Vaccination in Bombay 1902-1912 - 1902-1912
Year: 1902
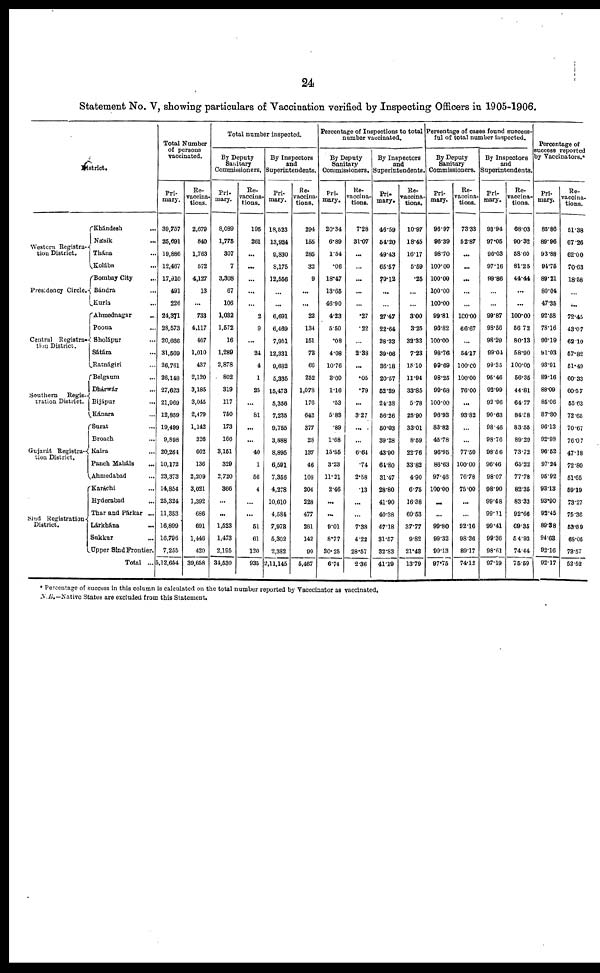
24
Statement No. V, showing particulars of Vaccination verified by Inspecting Officers in 1905-1906.
District.
Western Registra¬
tion District.
Presidency Circle.
Central Registra-
tion District.
Southern
Regis-
tration District.
Gujarát Registra¬
tion District.
Sind Registration
District.
Khándesh ...
Násik ...
Thána ...
Kolába ...
Bombay City ...
Bándra ...
Kurla ...
Ahmednagar
...
Poona ...
Sholápur ...
Sátára ...
Ratnágiri ...
Belgaum ...
Dhárwár ...
Bijápur ...
Kánara ...
Surat ...
Broach ...
Kaira ...
Pauch Maháls
...
Ahmedabad
Karáchi ...
Hyderabad ...
Thar and Párkar ...
Lárkhána ...
Sukkur ...
Upper Sind Frontier.
Total ...
Total Number
of persons
vaccinated.
Pri-
mary.
39,757
25,691
19,886
12,467
17,910
491
226
24,371
28,573
20,666
31,569
26,761
26,148
27,623
21,969
12,859
19,499
9,898
20,264
10,172
23,373
14,854
25,324
11,353
16,899
16,796
7,255
5,12,654
Re¬
vaccina-
tions.
2,679
840
1,763
572
4,127
13
...
733
4,117
467
1,010
437
2,120
3,185
3,045
2,479
1,142
326
602
136
2,209
3,021
1,392
686
691
1,446
420
39,658
Total number inspected.
By Deputy
Sanitary
Commissioners.
Pri¬
mary.
8,089
1,775
307
7
3,308
67
106
1,032
1,572
16
1,289
2,878
802
319
117
750
173
166
3,151
329
2,720
366
...
...
1,523
1,473
2,195
34,530
Re¬
vaccina-
tions.
195
261
...
...
...
...
...
2
9
...
24
4
1
25
...
81
...
...
40
1
56
4
...
...
51
61
120
935
By Inspectors
and
Superintendents.
Pri-
mary.
18,523
13,924
9,830
8,175
12,556
...
...
6,691
6,469
7,951
12,331
9,682
5,335
15,473
5,356
7,235
9,755
3,888
8,895
6,591
7,356
4,278
10,610
4,584
7,973
5,302
2,382
2,11,145
Re¬
vaccina-
tions.
294
155
285
32
9
...
...
22
134
151
73
66
252
1,078
176
642
377
28
137
46
108
204
228
477
261
142
90
5,467
Percentage of Inspections to total
number vaccinated.
By Deputy
Sanitary
Commissioners.
Pri¬
mary.
20.34
6.89
1.54
.06
18.47
13.66
46.90
4.23
5.50
.08
4.08
10.76
3.09
1.16
.53
5.83
.89
1.68
15.55
3.28
11.21
2.46
...
...
9.01
8.77
30.25
6.74
Re¬
vaccina¬
tions.
7.28
31.07
...
...
...
...
...
.27
.22
...
2.38
...
.05
.79
...
3.27
...
6.64
.74
2.58
.13
...
...
7.38
4.22
28.57
2.36
By Inspectors
and
Superintendents.
Pri-
mary.
46.59
54.20
49.43
65.57
70.12
...
...
27.47
22.64
38.33
39.06
36.18
20.57
52.39
24.38
56.26
50.03
39.28
43.90
64.80
31.47
28.80
41.90
40.38
47.18
31.57
32.83
41.19
Re¬
vaccina¬
tions.
10.97
18.45
16.17
5.59
.25
...
...
3.00
3.25
32.33
7.23
15.10
11.94
33.85
5.78
25.90
33.01
8.59
22.76
33.82
4.90
6.75
16.38
69.53
37.77
9.82
21.48
13.79
Percentage of cases found success-
ful of total number inspected.
By Deputy
Sanitary
Commissioners.
Pri-
mary.
96.97
96.39
98.70
100.00
100.00
100.00
100.00
99.81
98.82
100.00
98.76
99.69
98.25
99.68
100.00
96.93
83.82
45.78
96.95
86.63
97.46
100.00
...
...
99.80
99.32
99.13
97.75
Re¬
vaccina-
tions.
73.33
52.87
...
...
...
...
...
100.00
66.67
...
54.17
100.00
100.00
76.00
...
93.82
...
...
77.50
100.00
76.78
75.00
...
...
92.16
98.36
89.17
74.12
By Inspectors
and
Superintendents.
Pri-
mary.
93.94
97.05
96.03
97.16
99.86
...
...
99.87
93.50
98.29
99.04
99.35
95.46
92.99
92.96
90.63
98.46
98.76
98.56
96.46
98.07
98.90
99.48
99.11
99.41
99.36
98.61
97.19
Re¬
vaccina¬
tions.
68.03
90.32
58.60
81.25
44.44
...
...
100.00
56.72
80.13
58.90
100.00
56.35
44.81
64.77
84.58
83.55
89.29
73.72
65.22
77.78
82.35
83.33
92.66
69.35
54.93
74.44
75.59
Percentage of
success reported
by Vaccinators.*
Pri-
mary.
85.86
89.96
93.88
94.76
89.21
80.04
47.35
92.58
78.16
90.19
91.03
93.91
89.16
88.09
85.06
87.80
96.13
92.98
96.52
97.24
96.92
93.13
93.90
92.45
89.38
94.63
92.16
92.17
Re¬
vaccina-
tions.
51.38
67.26
62.00
70.63
18.58
...
...
72.45
43.07
62.10
57.82
51.49
60.33
60.57
55.63
72.65
70.67
76.07
47.18
72.80
51.65
59.19
73.27
75.36
53.69
68.05
73.57
52.52
* Percentage of success in this column is calculated on the total number reported by Vacccinator as vaccinated.
N.B.— Native States are excluded from this Statement.